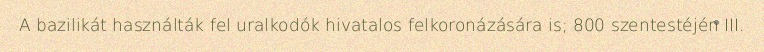
A bazilikát használták fel uralkodók hivatalos felkoronázására is; 800 szentestéjén III.